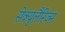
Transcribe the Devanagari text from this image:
सेक्युलैरिज्म़